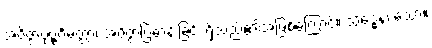
အဝိဇ္ဇာပုဗ္ဗင်္ဂမတ္တာ၊ အဝိဇ္ဇာပြဓာန်းခြင်း ရှိသည်၏အဖြစ်ကြောင့်။ သိဒ္ဓေန၊ သော။